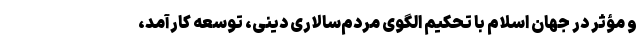
و مؤثر در جهان اسلام با تحکیم الگوی مردم‌سالاری دینی، توسعه کارآمد،